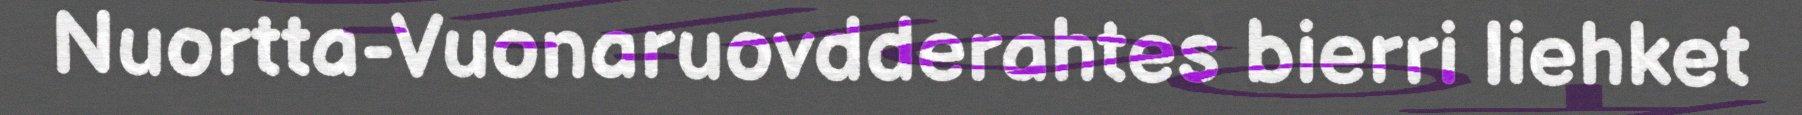
Nuortta-Vuonaruovdderahtes bierri liehket